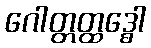
ဂေါတ္တတ္ထဒ္ဓေါ